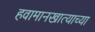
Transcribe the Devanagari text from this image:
हवामानखात्याच्या